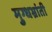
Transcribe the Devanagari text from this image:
मुग्धभ्रांती